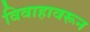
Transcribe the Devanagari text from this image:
विवाहावरून